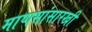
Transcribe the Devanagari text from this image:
माणसांसारखी